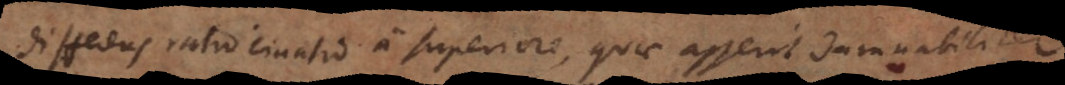
Differens ratiocinatio a superiore, quae asserit damnabilit